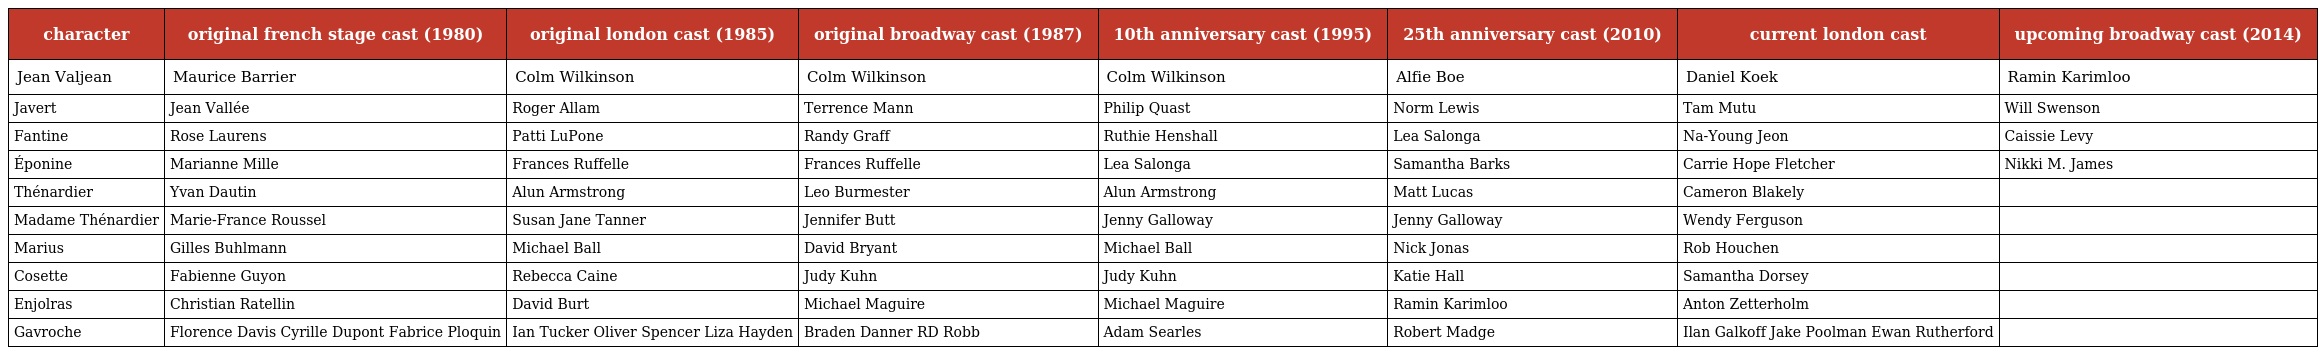
| character | original french stage cast (1980) | original london cast (1985) | original broadway cast (1987) | 10th anniversary cast (1995) | 25th anniversary cast (2010) | current london cast | upcoming broadway cast (2014) |
 | --- | --- | --- | --- | --- | --- | --- | --- |
 | Jean Valjean | Maurice Barrier | Colm Wilkinson | Colm Wilkinson | Colm Wilkinson | Alfie Boe | Daniel Koek | Ramin Karimloo |
 | Javert | Jean Vallée | Roger Allam | Terrence Mann | Philip Quast | Norm Lewis | Tam Mutu | Will Swenson |
 | Fantine | Rose Laurens | Patti LuPone | Randy Graff | Ruthie Henshall | Lea Salonga | Na-Young Jeon | Caissie Levy |
 | Éponine | Marianne Mille | Frances Ruffelle | Frances Ruffelle | Lea Salonga | Samantha Barks | Carrie Hope Fletcher | Nikki M. James |
 | Thénardier | Yvan Dautin | Alun Armstrong | Leo Burmester | Alun Armstrong | Matt Lucas | Cameron Blakely |  |
 | Madame Thénardier | Marie-France Roussel | Susan Jane Tanner | Jennifer Butt | Jenny Galloway | Jenny Galloway | Wendy Ferguson |  |
 | Marius | Gilles Buhlmann | Michael Ball | David Bryant | Michael Ball | Nick Jonas | Rob Houchen |  |
 | Cosette | Fabienne Guyon | Rebecca Caine | Judy Kuhn | Judy Kuhn | Katie Hall | Samantha Dorsey |  |
 | Enjolras | Christian Ratellin | David Burt | Michael Maguire | Michael Maguire | Ramin Karimloo | Anton Zetterholm |  |
 | Gavroche | Florence Davis Cyrille Dupont Fabrice Ploquin | Ian Tucker Oliver Spencer Liza Hayden | Braden Danner RD Robb | Adam Searles | Robert Madge | Ilan Galkoff Jake Poolman Ewan Rutherford |  |